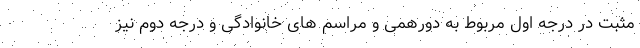
مثبت در درجه اول مربوط به دورهمی و مراسم های خانوادگی و درجه دوم نیز